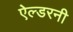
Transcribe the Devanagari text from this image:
ऐल्डरनी